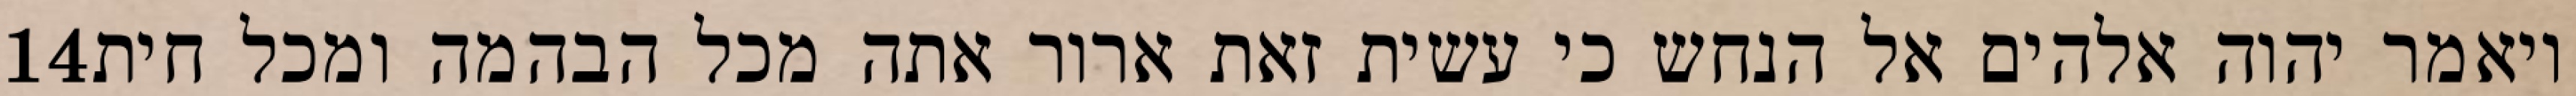
‎14‏ ויאמר יהוה אלהים אל הנחש כי עשית זאת ארור אתה מכל הבהמה ומכל חית